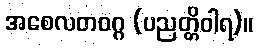
အစေလတဝဂ္ဂ (ပညတ္တိဝါရ)။